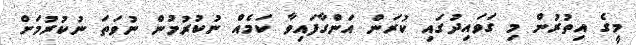
މީގެ އިތުރުން މި ގަވައިދުގައި ކުރަން އަންގާފައިވާ ކަމެއް ނުކުރުމުން ނުވަތަ ނުކުރުމަށް